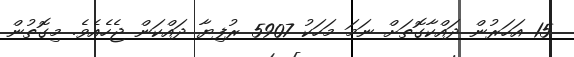
15 އަހަރުން ދައްކާގޮތަށް ނަމަ މަހަކު 5907 ރުފިޔާ ދައްކަން ޖެހެއެވެ. މިގޮތުން